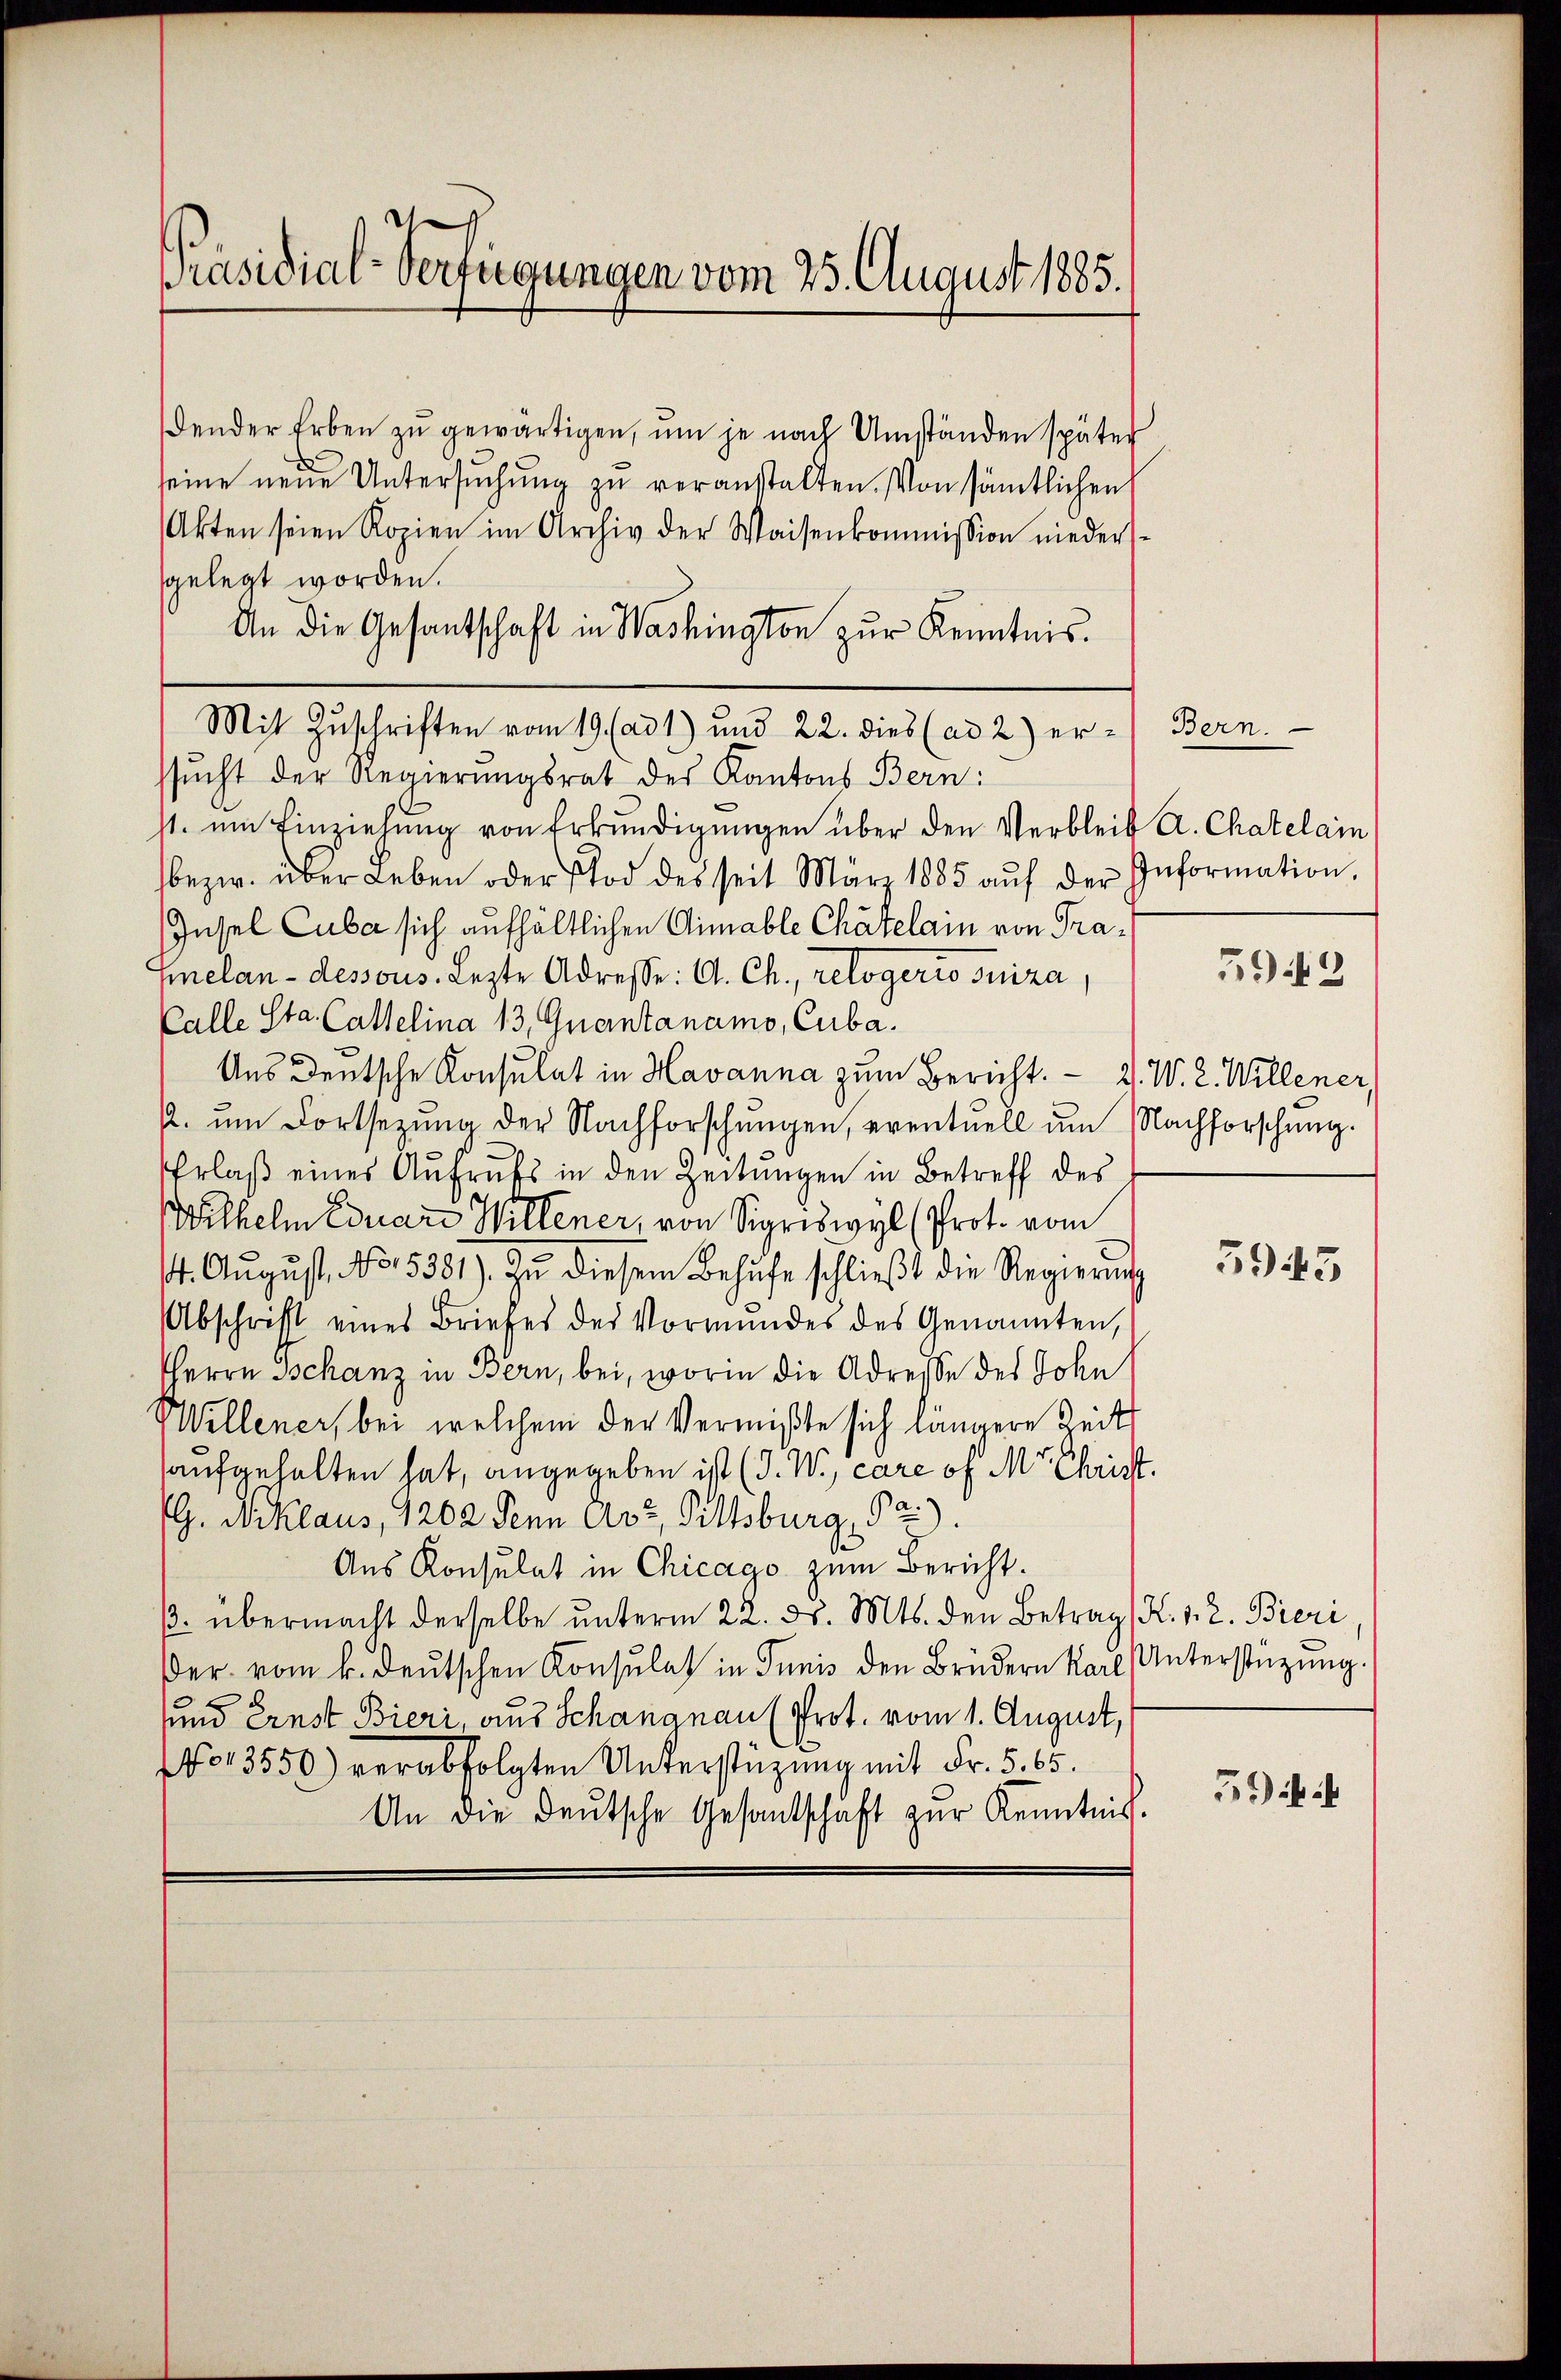
d
Präsidial-Verfügungen vom 25. August 1885.

dender Erben zŭ gewärtigen, um je nach Umständen später
seine neue Untersuchung zu veranstalten. Von sämtlichen
Akten seien Kopien im Archiv der Waisenkommission niederssgelegt worden.
An die Gesantschaft in Washington zur Kenntnis.
Mit Zuschriften vom 19. (ad 1) und 22. dies (ad 2) er-Bern.
ssŭcht der Regierungsrat des Kantons Bern:
st. um Einziehung von Erkundigungen über den Verbleib A. Chatelain
bezw. über Leben oder Tod des seit März 1885 aŭf der Information
Insel Cuber sich aufhältlichen Gimable Chatelain von Traelan- dessous lezte Adresse: A. Ch., relogerio suiza
Calle Sta. Castelina 13, Quantanamo, Cuba.
Uns Deutsche Konsulat in Havanna zum Bericht. - 3. W. 2. Willener,
. ŭm Fortsezung der Nachforschŭngen, eventuell um Nachforschung.
Erlaß eines Aufrufs in den Zeitungen in Betreff des
Wilhelm Eduard Willener, von Sigriswyl (Prot. vom
14. Aŭgŭst No. 5381). Zŭ diesem Behufe schlieβt die Regierŭng
Abschrift eines Briefes des Vormundes des Genannten,
HHerrn Schanz in Bern, bei, worin die Adresse des John
Willener, bei welchem der Vermißte sich längere Zeit
aufgehalten hat, angegeben ist (d. W., care of Mr. Christ.
G. Niklaus, 1202 denn Art, Pittsburg, da
Aus Konsulat in Chicago zum Bericht.
β. übermacht derselbe ŭnterm 22. d. Mts. den Betrag (H. 1. 2. Bieri
Der vom k. deutschen Konsulat in Tunis den Brüdern Karl Unterstüzung.
und Ernst Bieri, aus Schangnau (Prot. vom 1. August,
No 13550) verabfolgten Unterstüzung mit Fr. 5. 65.
An die deŭtsche Gesandschaft zŭr Kenntnis.

5942

5945

5)